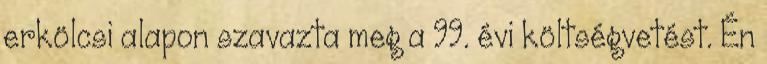
erkölcsi alapon szavazta meg a 99. évi költségvetést. Én